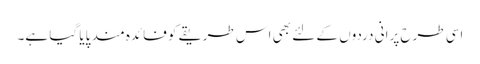
اسی طرح پرانی دردوں کے لئے بھی اس طریقے کو فائدہ مند پایا گیا ہے۔